Vaccination in the Punjab 1867-1880 - 1867-1880
Year: 1867
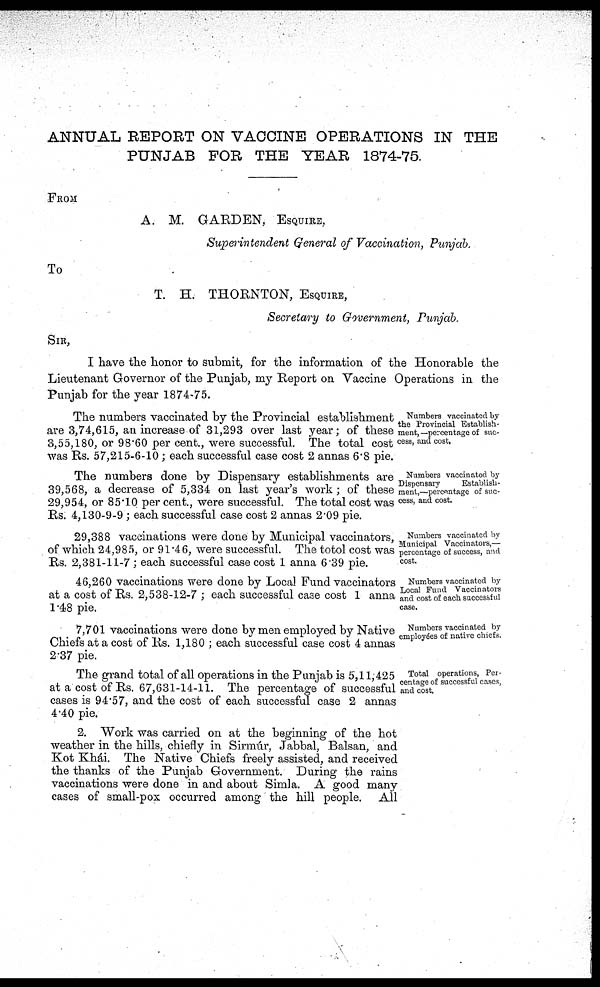
ANNUAL REPORT ON VACCINE OPERATIONS IN THE
PUNJAB FOR THE YEAR 1874-75.
FROM
A. M. GARDEN, Esquire,
Superintendent General of Vaccination, Punjab.
To
T. H. THORNTON, Esquire,
Secretary to Government, Punjab.
SIR,
I have the honor to submit, for the information of the Honorable the
Lieutenant Governor of the Punjab, my Report on Vaccine Operations in the
Punjab for the year 1874-75.
Numbers vaccinated by
the Provincial Establish-
ment,—percentage of suc-
cess, and cost.
The numbers vaccinated by the Provincial establishment
are 3,74,615, an increase of 31,293 over last year; of these
3,55,180, or 98.60 per cent., were successful. The total cost
was Rs. 57,215-6-10; each successful case cost 2 annas 6.8 pie.
Numbers vaccinated by
Dispensary
Establish-
ment,— percentage of suc-
cess, and cost.
The numbers done by Dispensary establishments are
39,568, a decrease of 5,334 on last year's work ; of these
29,954, or 85.10 per cent., were successful. The total cost was
Rs. 4,130-9-9 ; each successful case cost 2 annas 2.09 pie.
Numbers vaccinated by
Municipal Vaccinators,—
percentage of success, and
cost.
29,388 vaccinations were done by Municipal vaccinators,
of which 24,985, or 91.46, were successful. The totol cost was
Rs. 2,381-11-7 ; each successful case cost 1 anna 6.39 pie.
Numbers vaccinated by
Local Fund Vaccinators
and cost of each successful
case.
46,260 vaccinations were done by Local Fund vaccinators
at a cost of Rs. 2,538-12-7 ; each successful case cost 1 anna
1.48 pie.
Numbers vaccinated by
employées of native chiefs.
7,701 vaccinations were done by men employed by Native
Chiefs at a cost of Rs. 1,180 ; each successful case cost 4 annas
2.37 pie.
Total operations, Per-
centage of successful cases,
and cost.
The grand total of all operations in the Punjab is 5,11,425
at a cost of Rs. 67,631-14-11. The percentage of successful
cases is 94.57, and the cost of each successful case 2 annas
4.40 pie.
2. Work was carried on at the beginning of the hot
weather in the hills, chiefly in Sirmúr, Jabbal, Balsan, and
Kot Khái. The Native Chiefs freely assisted, and received
the thanks of the Punjab Government. During the rains
vaccinations were done in and about Simla. A good many
cases of small-pox occurred among the hill people. All